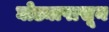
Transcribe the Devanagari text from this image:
घोड्यापासून